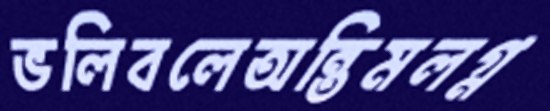
ভলিবলেঅন্তিমলগ্ন